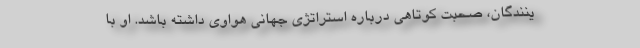
ینندگان، صحبت کوتاهی درباره استراتژی جهانی هواوی داشته باشد. او با